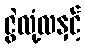
ဇွဲလုံ့လနှင့်